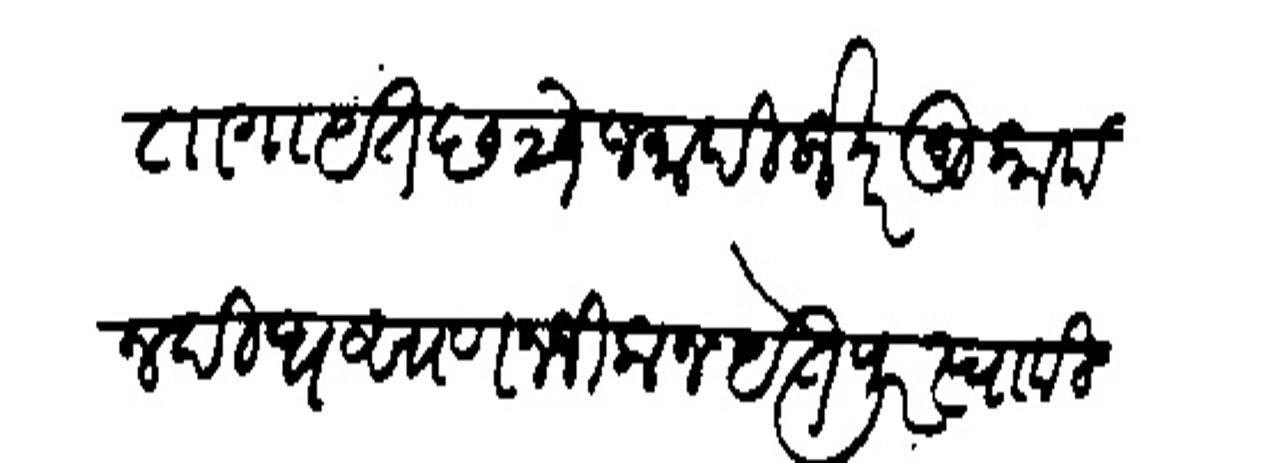
Transliteration (Devanagari): तागायेत छ २३ जमादिलाखर मुकाम नदी धसाण नजीक जयेतपूर स्वामी